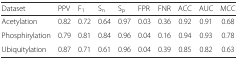
| Dataset | PPV | F1 | Sn | Sp | FPR | FNR | ACC | AUC | MCC |
 | --- | --- | --- | --- | --- | --- | --- | --- | --- | --- |
 | Acetylation | 0.82 | 0.72 | 0.64 | 0.97 | 0.03 | 0.36 | 0.92 | 0.91 | 0.68 |
 | Phosphirylation | 0.79 | 0.81 | 0.84 | 0.96 | 0.04 | 0.16 | 0.94 | 0.93 | 0.78 |
 | Ubiquitylation | 0.87 | 0.71 | 0.61 | 0.96 | 0.04 | 0.39 | 0.85 | 0.82 | 0.63 |